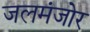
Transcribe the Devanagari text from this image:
जलमंजोर